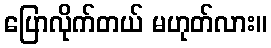
ပြောလိုက်တယ် မဟုတ်လား။